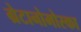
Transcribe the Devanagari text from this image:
ग्रेटानोमोस्का